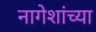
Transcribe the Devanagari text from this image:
नागेशांच्या